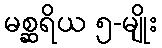
မစ္ဆရိယ ၅-မျိုး